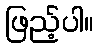
ဖြည့်ပါ။